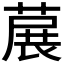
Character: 𬝳